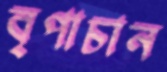
বৃপাচান